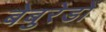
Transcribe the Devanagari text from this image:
बेबुरेडों